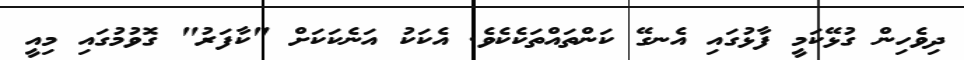
ދިވެހިން ގުޅޭކަމީ ފާޅުގައި އެނގޭ ކަންތައްތަކެކެވެ. އެކަކު އަނެކަކަށް "ކާފަރު" ގޮވުމުގައި މިއީ